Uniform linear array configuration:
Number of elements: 4
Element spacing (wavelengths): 0.75
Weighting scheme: cosine
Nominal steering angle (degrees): -15
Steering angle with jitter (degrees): -16.083
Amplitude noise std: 0.05
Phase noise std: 0.05

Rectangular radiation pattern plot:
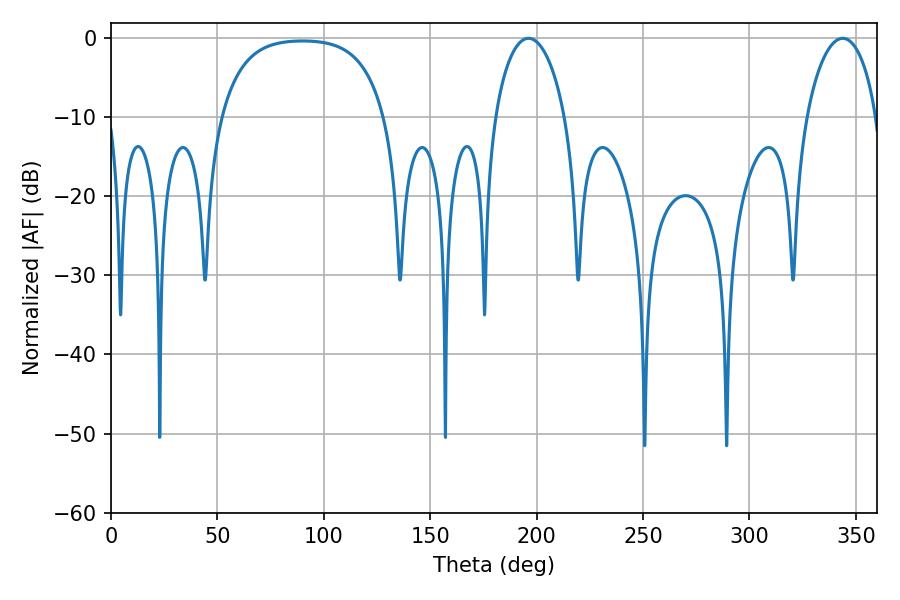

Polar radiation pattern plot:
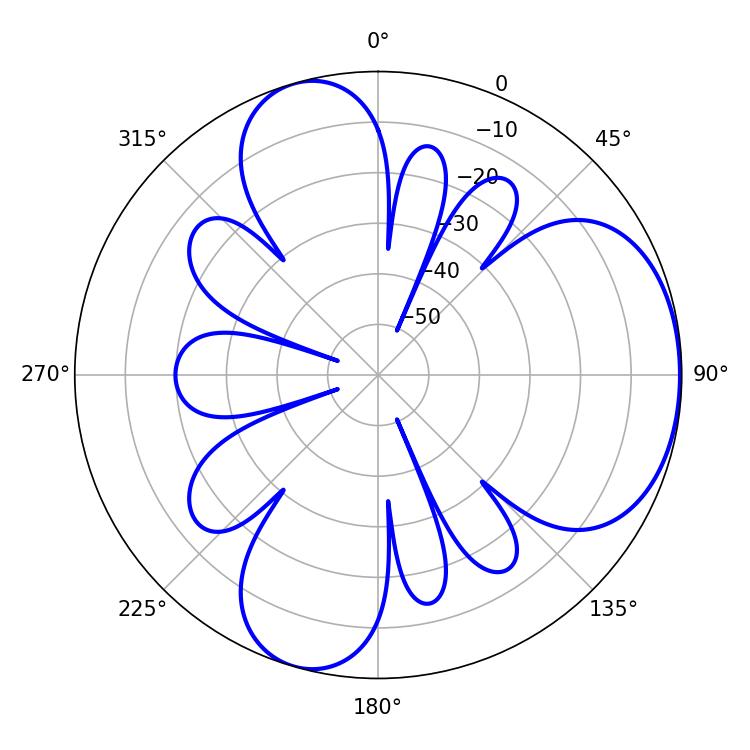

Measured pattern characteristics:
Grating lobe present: TRUE
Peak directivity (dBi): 5.103
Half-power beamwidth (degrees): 18.9
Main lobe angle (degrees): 196.2